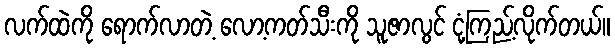
လက်ထဲကို ရောက်လာတဲ့ လော့ကတ်သီးကို သူဇာလွင် ငုံ့ကြည့်လိုက်တယ်။